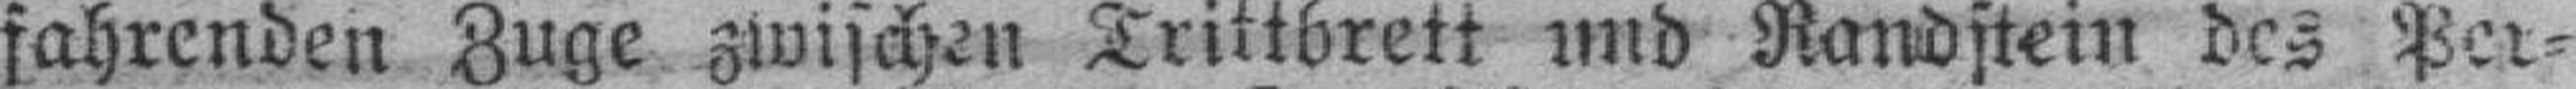
fahrenden Zuge zwischen Trittbrett und Randstein des Per¬